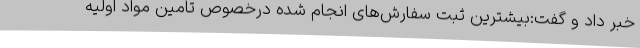
خبر داد و گفت:بیشترین ثبت سفارش‌های انجام شده درخصوص تامین مواد اولیه